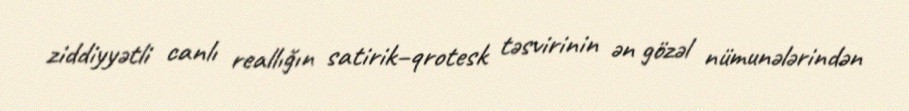
ziddiyyətli canlı reallığın satirik–qrotesk təsvirinin ən gözəl nümunələrindən